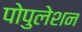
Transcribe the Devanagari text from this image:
पोपुलेशन